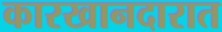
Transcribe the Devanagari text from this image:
कारखानदारात